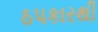
ઠપકારથી